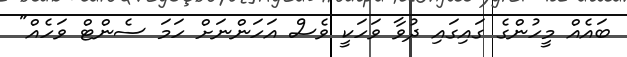
ބައެއް މީހުންގެ ގައިގައި ދުވާ ވަހަކީ ވެސް އަހަންނަށް ހަމަ ސެންޓް ވަހެއް"